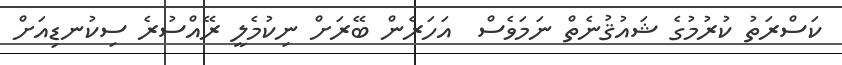
ކަސްރަތު ކުރުމުގެ ޝައުޤުނެތް ނަމަވެސް  އަހަރެން ބޭރަށް ނިކުމެލީ ރޭއްސުރެ ސިކުނޑިއަށް